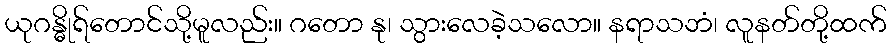
ယုဂန္ဓိုရ်တောင်သို့မူလည်း။ ဂတော နု၊ သွားလေခဲ့သလော။ နရာသဘံ၊ လူနတ်တို့ထက်